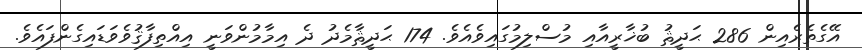
އޭގެތެރެއިން 286 ޙަދީޘު ބުޚާރީއާއި މުސްލިމުގައިވެއެވެ. 174 ޙަދީޘާމެދު ދެ އިމާމުންވަނީ އިއްތިފާޤުވެވަޑައިގެންފައެވެ.